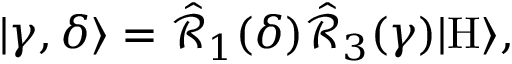
\begin{array} { r } { | \gamma , \delta \rangle = \hat { \mathcal { R } } _ { 1 } ( \delta ) \hat { \mathcal { R } } _ { 3 } ( \gamma ) | \mathrm { H } \rangle , } \end{array}